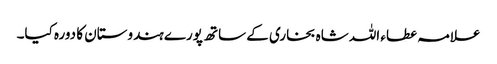
علامہ عطاء اللہ شاہ بخاری کے ساتھ پورے ہندوستان کا دورہ کیا۔